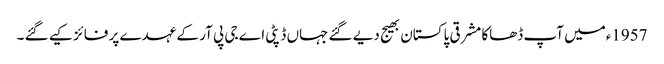
1957ءمیں آپ ڈھاکا مشرقی پاکستان بھیج دیے گئے جہاں ڈپٹی اے جی پی آر کے عہدے پر فائز کیے گئے ۔